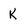
Character: K